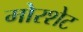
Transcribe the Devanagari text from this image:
मोरशेट